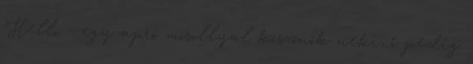
Hello - egy apró mosollyal köszönök neki, ő pedig